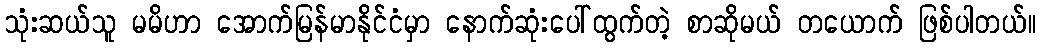
သုံးဆယ်သူ မမိဟာ အောက်မြန်မာနိုင်ငံမှာ နောက်ဆုံးပေါ်ထွက်တဲ့ စာဆိုမယ် တယောက် ဖြစ်ပါတယ်။